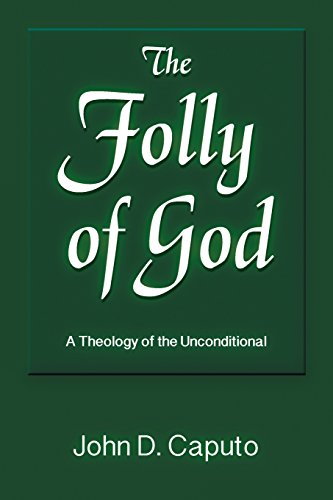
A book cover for The Folly of God: A Theology of the Unconditional (God and the Human Future); John D. Caputo; Religion & Spirituality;